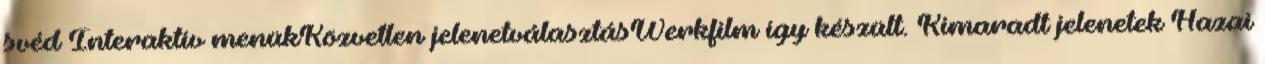
svéd Interaktív menükKözvetlen jelenetválasztásWerkfilm így készült. Kimaradt jelenetek Hazai